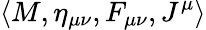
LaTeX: \left<M,\eta_{\mu\nu},F_{\mu\nu},J^{\mu}\right>